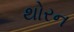
થોરન